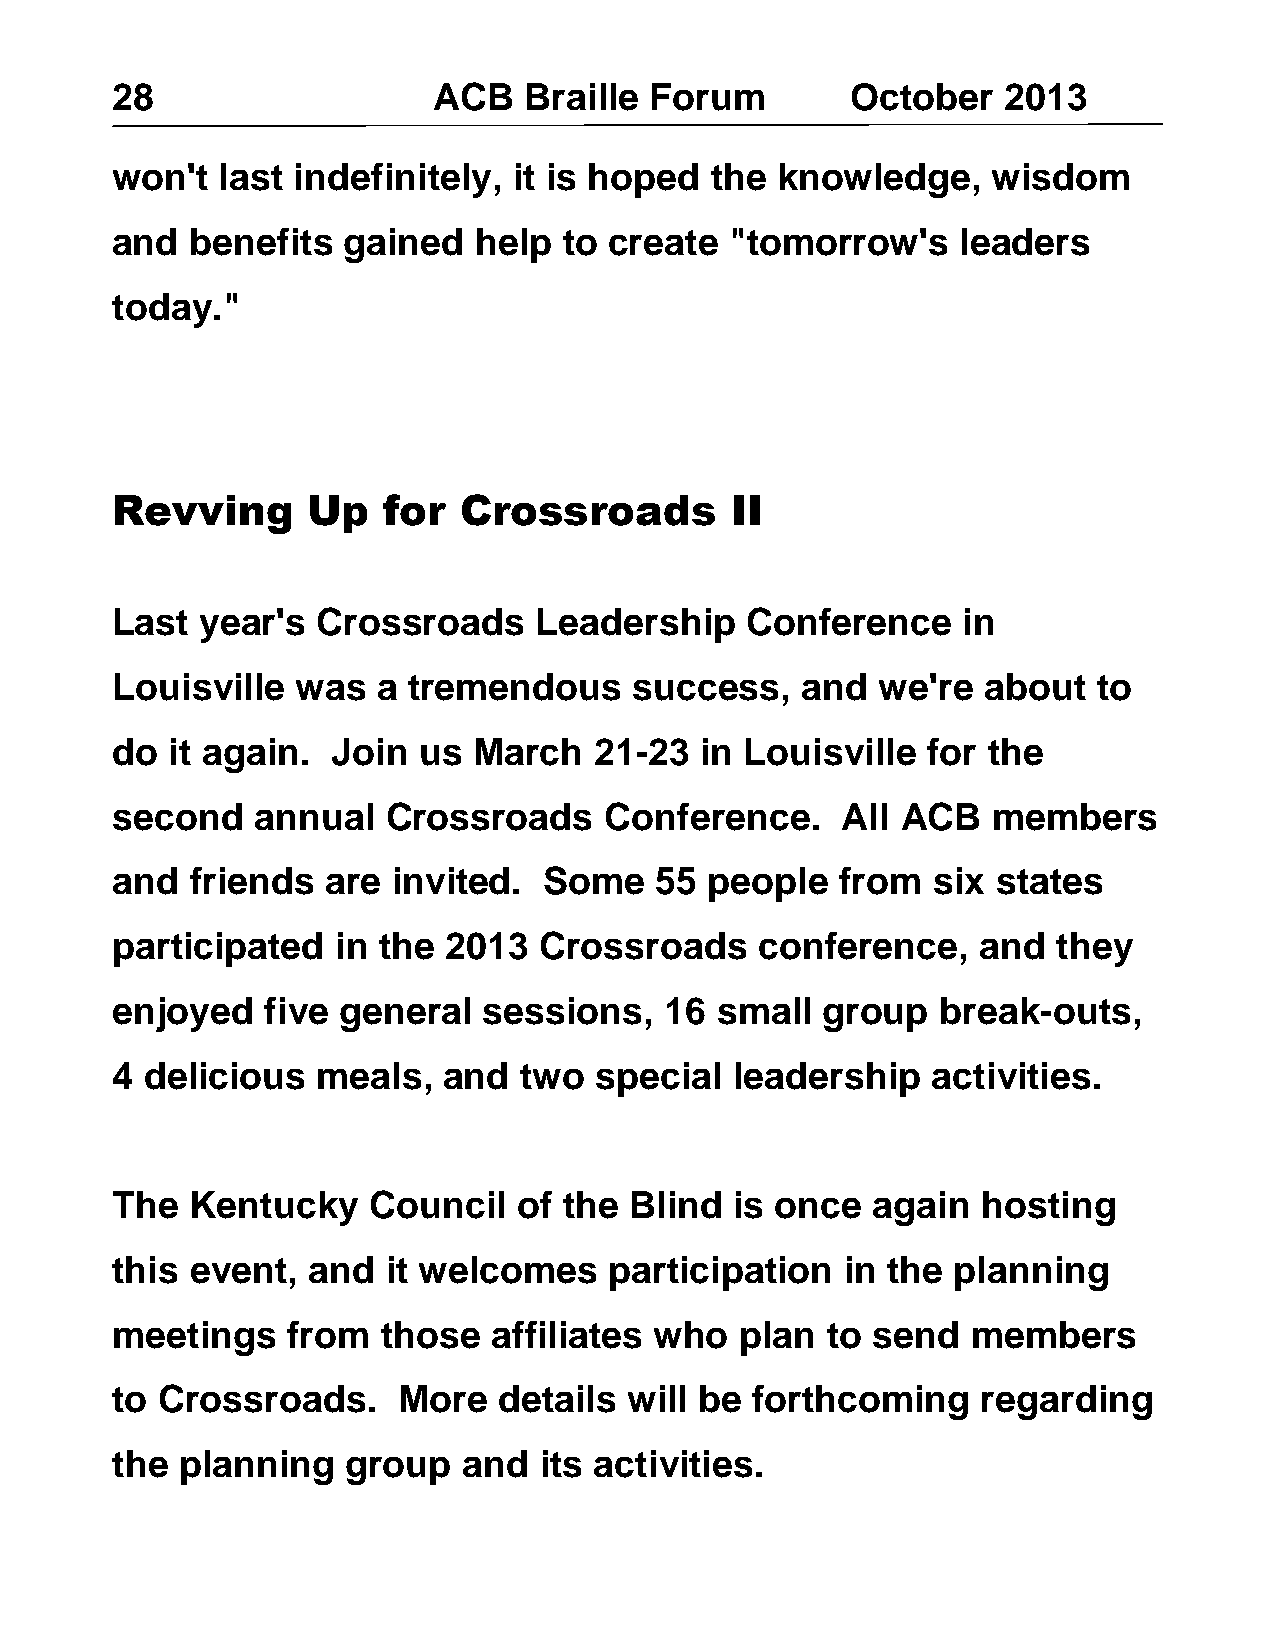
28                    ACB   Braille Forum        October   2013
 won't   last indefinitely, it is hoped  the knowledge,     wisdom
 and   benefits  gained  help  to create  "tomorrow's     leaders
 today."
 Revving      Up   for  Crossroads        II
 Last  year's  Crossroads    Leadership    Conference     in
 Louisville   was  a tremendous     success,   and  we're  about   to
 do  it again.  Join  us March   21-23  in Louisville  for the
 second    annual   Crossroads    Conference.     All ACB   members
 and   friends  are invited.  Some   55  people   from  six states
 participated   in the  2013  Crossroads    conference,    and  they
 enjoyed    five general  sessions,   16 small  group   break-outs,
 4  delicious  meals,  and  two  special   leadership   activities.
 The   Kentucky   Council   of the  Blind  is once  again  hosting
 this  event, and   it welcomes   participation   in the planning
 meetings    from  those   affiliates who  plan  to send  members
 to Crossroads.     More   details will be  forthcoming    regarding
 the  planning   group   and  its activities.